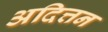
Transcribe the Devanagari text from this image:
अदित्तन